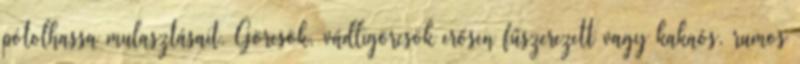
pótolhassa mulasztásait. Görcsök, vádligörcsök erősen fűszerezett vagy kakaós, rumos